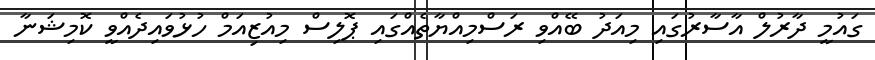
ގައުމީ ދާރުލް އާސާރުގައި މިއަދު ބޭއްވި ރަސްމިއްޔާތެއްގައި ޕޮލިސް މިއުޒިއަމް ހުޅުވައިދެއްވީ ކޮމިޝަނާ